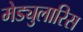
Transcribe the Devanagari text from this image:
मेड्युलारिस